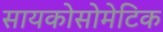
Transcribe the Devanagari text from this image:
सायकोसोमेटिक